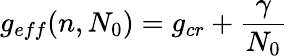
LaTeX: g_{eff}(n,N_{0})=g_{cr}+{\frac{\gamma}{N_{0}}}